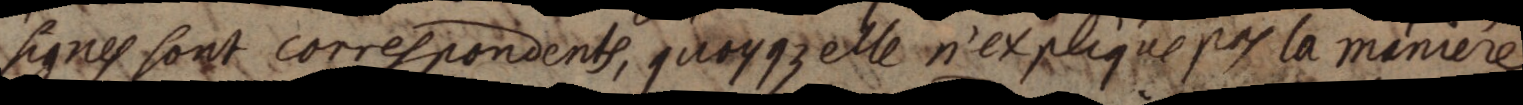
signes sont correspondents, quoyque elle n’explique pas la maniere